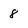
Character: 8